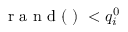
\mathrm { ~ r ~ a ~ n ~ d ~ ( ~ ) ~ } < q _ { i } ^ { 0 }